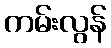
ကမ်းလွန်